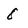
Character: 8